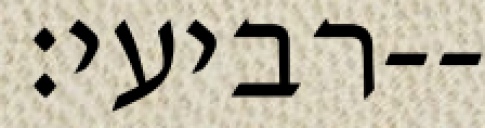
רביעי׃--